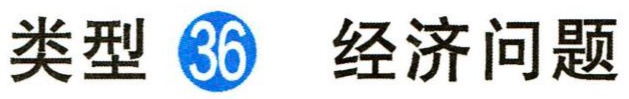
类型 \textcircled{36} 经济问题